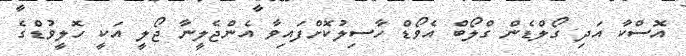
އޮސްކާ އަދި ގޯލްޑެން ގްލޯބް އެވޯޑް ހާސިލުކޮށްފައިވާ އެންޖެލީނާ ޖޯލީ އަކީ ހޮލީވުޑްގެ